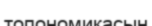
топономикасын